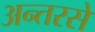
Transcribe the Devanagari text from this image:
अन्तरसे